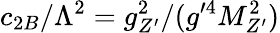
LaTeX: c_{2B}/\Lambda^{2}=g_{Z^{\prime}}^{2}/(g^{\prime~\! 4}M_{Z^{\prime}}^{2})